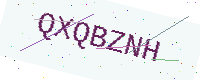
Text: QXQBZNH